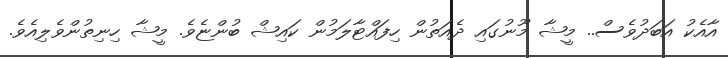
އާއެކު އަބަދުވެސް.. މީޝާ މޫނުގައި ދެއަތުން ހިފައްޓާލަމުން ކައިޝް ބުންޏެވެ. މީޝާ ހިނިތުންވެލިއެވެ.